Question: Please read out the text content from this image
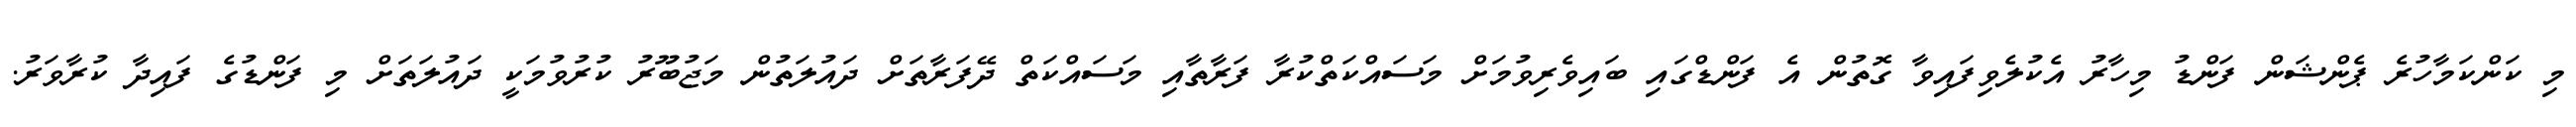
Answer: މި ކަންކަމާހުރެ ޕެންޝަން ފަންޑު މިހާރު އެކުލެވިފައިވާ ގޮތުން އެ ފަންޑްގައި ބައިވެރިވުމަށް މަސައްކަތްކުރާ ފަރާތާއި މަސައްކަތް ދޭފަރާތަށް ދައުލަތުން މަޖުބޫރު ކުރުވުމަކީ ދައުލަތަށް މި ފަންޑުގެ ފައިދާ ކުރާވަރު.